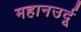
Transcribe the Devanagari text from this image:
महानउर्दू